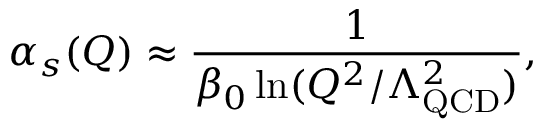
\alpha _ { s } ( Q ) \approx { \frac { 1 } { \beta _ { 0 } \ln ( { Q ^ { 2 } / \Lambda _ { \small \mathrm { Q C D } } ^ { 2 } } ) } } ,